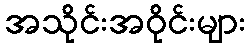
အသိုင်းအဝိုင်းများ